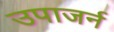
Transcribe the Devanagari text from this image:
उपाजर्न